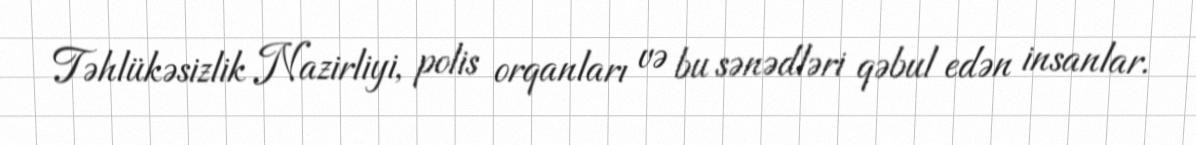
Təhlükəsizlik Nazirliyi, polis orqanları və bu sənədləri qəbul edən insanlar.